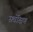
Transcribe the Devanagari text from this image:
सर्वोक्षण